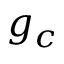
g _ { c }